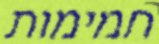
חמימות